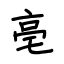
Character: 亳